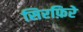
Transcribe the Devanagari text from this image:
सिरफ़िरे